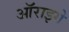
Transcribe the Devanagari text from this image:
ऑराइगे